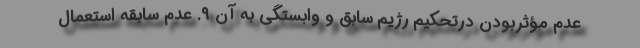
عدم مؤثربودن درتحکیم رژیم سابق و وابستگی به آن ۹. عدم سابقه استعمال